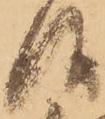
候